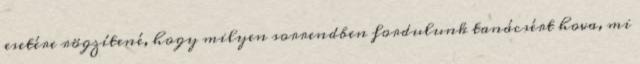
esetére rögzítené, hogy milyen sorrendben fordulunk tanácsért hova, mi